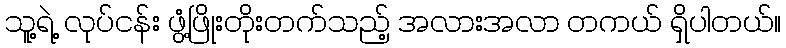
သူ့ရဲ့ လုပ်ငန်း ဖွံ့ဖြိုးတိုးတက်သည့် အလားအလာ တကယ် ရှိပါတယ်။